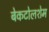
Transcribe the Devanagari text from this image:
बेकटोलशेम